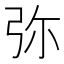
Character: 弥